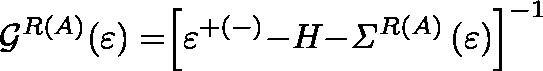
{ \mathcal { G } } ^ { R \left( A \right) } { ( } \varepsilon { ) = } { \left[ \varepsilon ^ { + ( - ) } { - } H { - } { \hslash } { \mathit { \Sigma } } ^ { R \left( A \right) } \left( \varepsilon \right) \right] } ^ { { - } { 1 } }